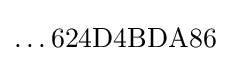
\ldots 624{\text{D}}4{\text{B}}{\text{D}}{\text{A}}86